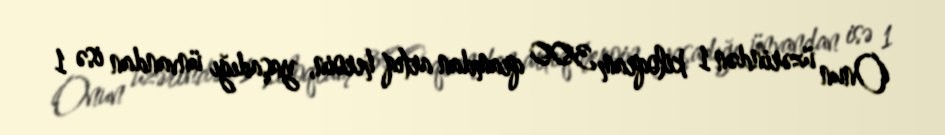
Onun üzərindən 1 kiloqram 300 qramdan artıq heroin, yaşadığı ünvandan isə 1